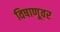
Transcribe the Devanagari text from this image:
विषाणूवर